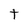
Character: t